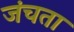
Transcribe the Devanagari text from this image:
जंचता